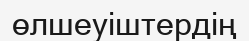
өлшеуіштердің